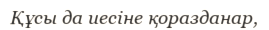
Құсы да иесіне қоразданар,